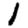
Digit: 1